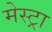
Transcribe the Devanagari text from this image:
मेस्ट्रा